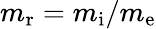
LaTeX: m_{\mathrm{r}}=m_{\mathrm{i}}/m_{\mathrm{e}}